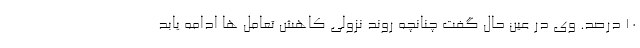
10 درصد. وی در عین حال گفت چنانچه روند نزولی کاهش تعامل ها ادامه یابد